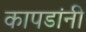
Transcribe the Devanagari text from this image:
कापडांनी